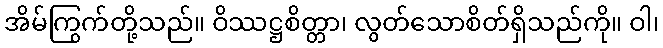
အိမ်ကြွက်တို့သည်။ ဝိဿဋ္ဌစိတ္တာ၊ လွတ်သောစိတ်ရှိသည်ကို။ ဝါ၊